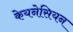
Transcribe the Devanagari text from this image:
केयनेसियन